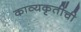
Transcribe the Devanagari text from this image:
काव्यकृतींची